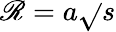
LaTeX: \mathscr{R}=a\sqrt{}{{s}}